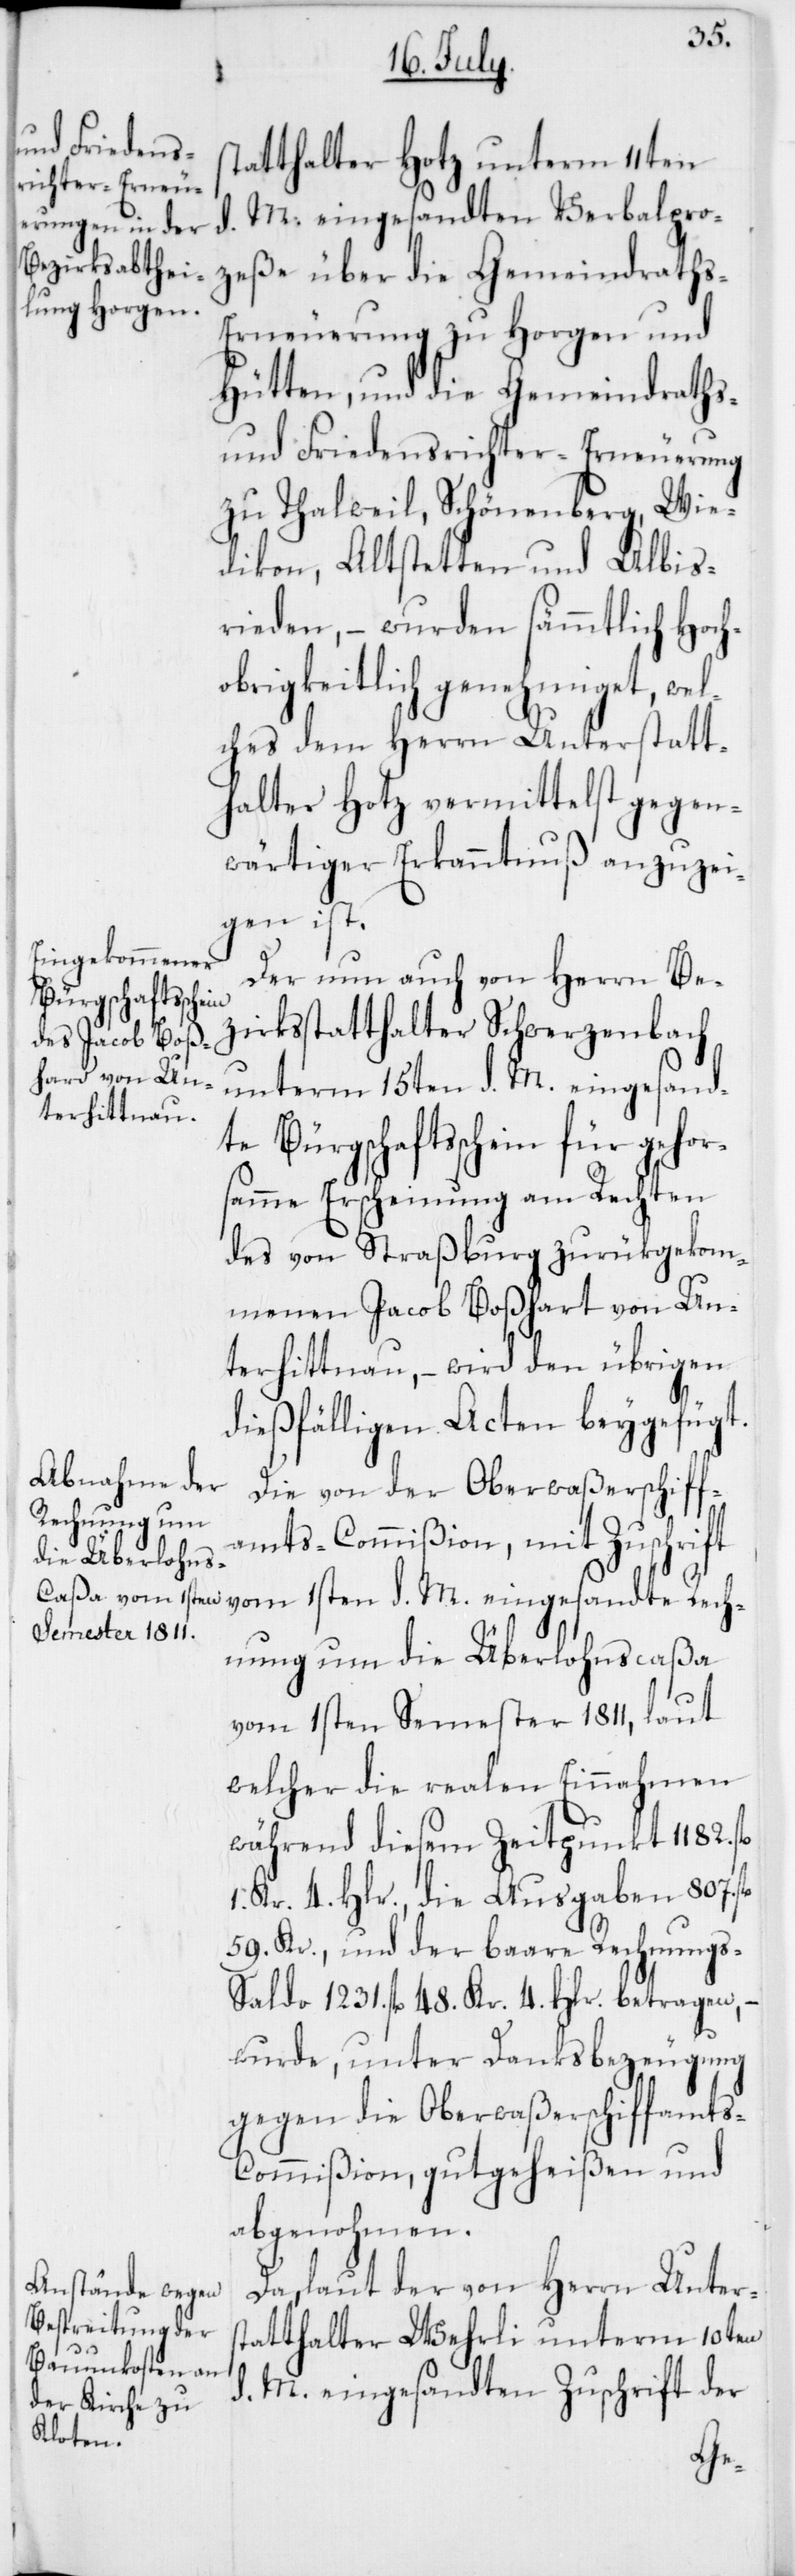
tatthalter Hotz unterm 11ten
M. eingesandten Verbalpro¬
zeße über die Gemeindrath¬
s-Erneuerung zu Horgen und
Hütten, und die Gemeindraths-
und Friedensrichter-Erneuerung
zu Thalweil, Schönenberg, Wie¬
dikon, Altstetten und Albis¬
rieden, – wurden sämmtlich Hoch¬
obrigkeitlich genehmiget, wel¬
ches dem Herrn Unterstatt¬
halter Hotz vermittelst gegen¬
wärtiger Erkanntnuß anzuzei¬
gen ist.
Der nun auch von Herrn Be¬
zirksstatthalter Schwerzenbach
unterm 15ten d. M. eingesand¬
te Bürgschaftsschein für gehor¬
same Erscheinung am Rechten
des von Straßburg zurükgekom¬
menen Jacob Boßhard von Un¬
terhittnau, – wird den übrigen
dießfälligen Acten beygefügt.
Die von der Oberwaßerschiff¬
amts-Commißion, mit Zuschrift
vom 1sten d. M. eingesandte Rech¬
nung um die Überlohnscaßa
vom 1sten Semester 1811, laut
welcher die realen Einnahmen
während diesem Zeitpunkt 1182.
1. Kr. 4. Hlr., die Ausgaben 807.
59. Kr., und der baare Rechnung¬
s-Saldo 1231. fl. 48. Kr. 4. Hlr. betragen, –
wurde, unter Danksbezeugung
gegen die Oberwaßerschiffamt¬
s-Commißion, gutgeheißen und
abgenohmen.
Da laut der von Herrn Unters¬
tatthalter Wehrli unterm 10ten
d. M. eingesandten Zuschrift der
s¬